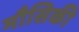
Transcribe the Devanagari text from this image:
मौसिकी